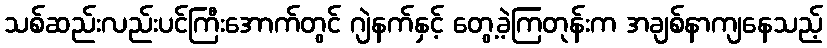
သစ်ဆည်းလည်းပင်ကြီးအောက်တွင် ဂျဲနက်နှင့် တွေ့ခဲ့ကြတုန်းက အချစ်နာကျနေသည့်